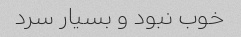
خوب نبود و بسیار سرد